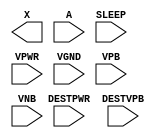
module sky130_fd_sc_lp__lsbufiso1p (
    X      ,
    A      ,
    SLEEP  ,
    DESTPWR,
    VPWR   ,
    VGND   ,
    DESTVPB,
    VPB    ,
    VNB
);

    output X      ;
    input  A      ;
    input  SLEEP  ;
    input  DESTPWR;
    input  VPWR   ;
    input  VGND   ;
    input  DESTVPB;
    input  VPB    ;
    input  VNB    ;
endmodule